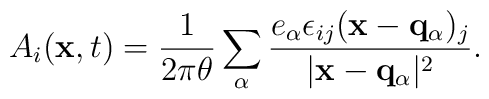
A_i({\bf x},t)=\frac{1}{2\pi\theta}\sum_\alpha\frac{e_\alpha\epsilon_{ij}({\bf x}-{\bf q_\alpha})_j}{\vert {\bf x}-{\bf q_\alpha}\vert^2}.